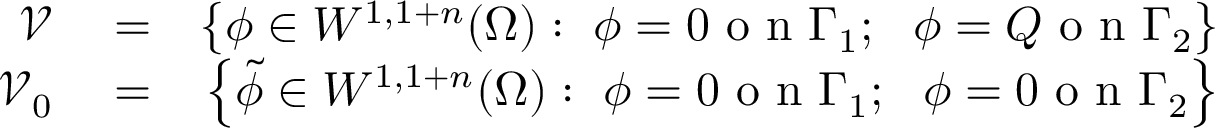
\begin{array} { r l r } { \mathcal { V } } & { { } = } & { \left\{ \phi \in W ^ { 1 , 1 + n } ( \Omega ) : ~ \phi = 0 \mathrm { ~ o ~ n ~ } \Gamma _ { 1 } ; ~ ~ \phi = Q \mathrm { ~ o ~ n ~ } \Gamma _ { 2 } \right\} } \\ { \mathcal { V } _ { 0 } } & { { } = } & { \left\{ \tilde { \phi } \in W ^ { 1 , 1 + n } ( \Omega ) : ~ \phi = 0 \mathrm { ~ o ~ n ~ } \Gamma _ { 1 } ; ~ ~ \phi = 0 \mathrm { ~ o ~ n ~ } \Gamma _ { 2 } \right\} } \end{array}